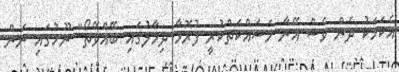
އެކަމަކު ދެން ވެސް އޭނާ މަސައްކަތްކުރީ ފުރޮޅާ ދިމާލުގައި ބޭއްވޭތޯ" ނޫހުގައި ނަން